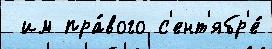
 им пра́вого с'ент'ябр'е́